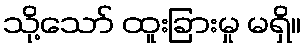
သို့သော် ထူးခြားမှု မရှိ။